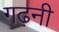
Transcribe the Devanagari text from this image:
गढ़नी